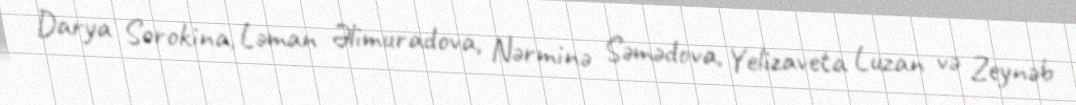
Darya Sorokina, Ləman Əlimuradova, Nərminə Səmədova, Yelizaveta Luzan və Zeynəb